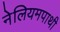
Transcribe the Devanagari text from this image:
नेलियमपाथी